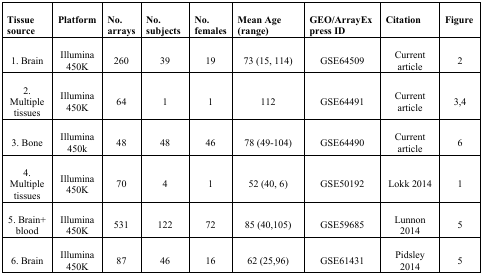
<table><thead><tr><td><b>Tissue source</b></td><td><b>Platform</b></td><td><b>No. arrays</b></td><td><b>No. subjects</b></td><td><b>No. females</b></td><td><b>Mean Age (range)</b></td><td><b>GEO/ArrayExpress ID</b></td><td><b>Citation</b></td><td><b>Figure</b></td></tr></thead><tbody><tr><td>1. Brain</td><td>Illumina 450K</td><td>260</td><td>39</td><td>19</td><td>73 (15, 114)</td><td>GSE64509</td><td>Current article</td><td>2</td></tr><tr><td>2. Multiple tissues</td><td>Illumina 450K</td><td>64</td><td>1</td><td>1</td><td>112</td><td>GSE64491</td><td>Current article</td><td>3,4</td></tr><tr><td>3. Bone</td><td>Illumina 450k</td><td>48</td><td>48</td><td>46</td><td>78 (49-104)</td><td>GSE64490</td><td>Current article</td><td>6</td></tr><tr><td>4. Multiple tissues</td><td>Illumina 450K</td><td>70</td><td>4</td><td>1</td><td>52 (40, 6)</td><td>GSE50192</td><td>Lokk 2014</td><td>1</td></tr><tr><td>5. Brain+ blood</td><td>Illumina 450K</td><td>531</td><td>122</td><td>72</td><td>85 (40,105)</td><td>GSE59685</td><td>Lunnon 2014</td><td>5</td></tr><tr><td>6. Brain</td><td>Illumina 450K</td><td>87</td><td>46</td><td>16</td><td>62 (25,96)</td><td>GSE61431</td><td>Pidsley 2014</td><td>5</td></tr></tbody></table>